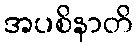
အပစိနာတိ